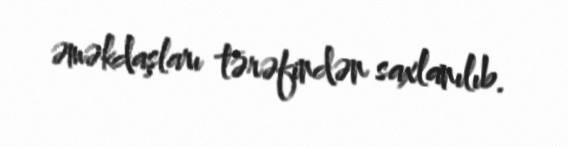
əməkdaşları tərəfindən saxlanılıb.